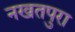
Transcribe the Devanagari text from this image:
नखतपुरा